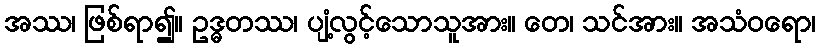
အဿ၊ ဖြစ်ရာ၍။ ဥဒ္ဓတဿ၊ ပျံ့လွင့်သောသူအား။ တေ၊ သင်အား။ အသံဝရော၊